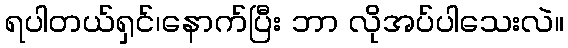
ရပါတယ်ရှင်၊နောက်ပြီး ဘာ လိုအပ်ပါသေးလဲ။